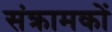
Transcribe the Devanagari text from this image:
संक्रामकों